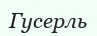
Гусерль